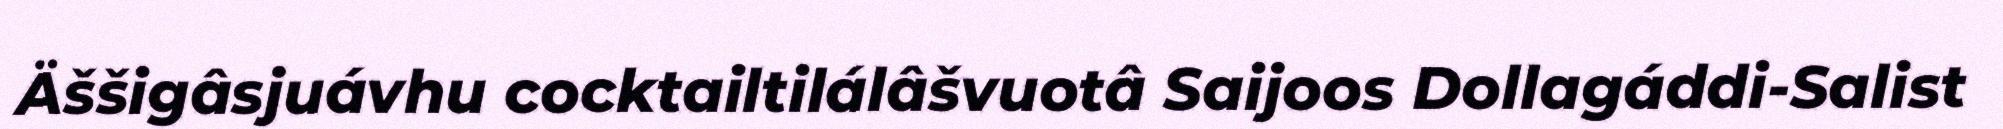
Äššigâsjuávhu cocktailtilálâšvuotâ Saijoos Dollagáddi-Salist